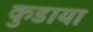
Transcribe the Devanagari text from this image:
कुडाया